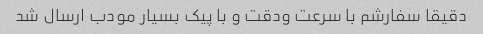
دقیقا سفارشم با سرعت ودقت و با پیک بسیار مودب ارسال شد